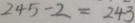
2 4 5 - 2 = 2 4 3